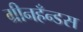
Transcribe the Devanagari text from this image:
ग्रीनहँन्डस